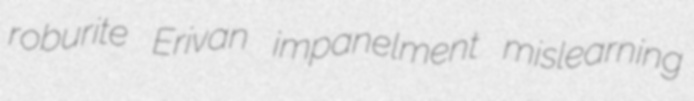
roburite Erivan impanelment mislearning